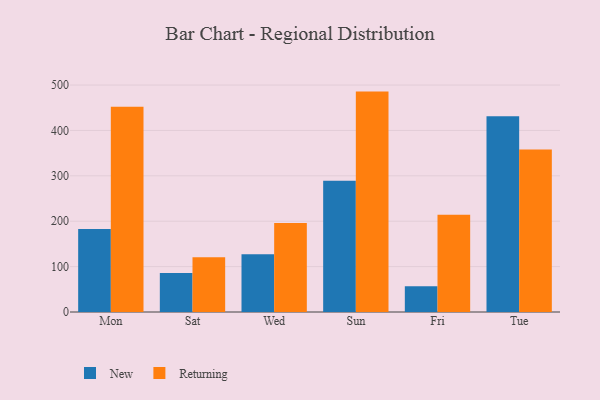
{"axis": {"x": "Day", "y": "Temperature (°C)"}, "legend": ["New", "Returning"], "data": [{"x": "Mon", "y": 183.1, "type": "New"}, {"x": "Mon", "y": 452.4, "type": "Returning"}, {"x": "Sat", "y": 86.2, "type": "New"}, {"x": "Sat", "y": 120.9, "type": "Returning"}, {"x": "Wed", "y": 127.0, "type": "New"}, {"x": "Wed", "y": 196.3, "type": "Returning"}, {"x": "Sun", "y": 289.2, "type": "New"}, {"x": "Sun", "y": 485.6, "type": "Returning"}, {"x": "Fri", "y": 56.9, "type": "New"}, {"x": "Fri", "y": 214.3, "type": "Returning"}, {"x": "Tue", "y": 431.1, "type": "New"}, {"x": "Tue", "y": 358.1, "type": "Returning"}]}